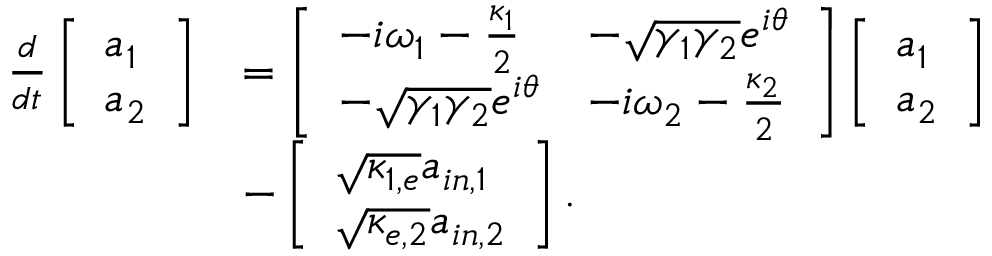
\begin{array} { r l } { \frac { d } { d t } \left[ \begin{array} { l } { a _ { 1 } } \\ { a _ { 2 } } \end{array} \right] } & { = \left[ \begin{array} { l l } { - i \omega _ { 1 } - \frac { \kappa _ { 1 } } { 2 } } & { - \sqrt { \gamma _ { 1 } \gamma _ { 2 } } e ^ { i \theta } } \\ { - \sqrt { \gamma _ { 1 } \gamma _ { 2 } } e ^ { i \theta } } & { - i \omega _ { 2 } - \frac { \kappa _ { 2 } } { 2 } } \end{array} \right] \left[ \begin{array} { l } { a _ { 1 } } \\ { a _ { 2 } } \end{array} \right] } \\ & { - \left[ \begin{array} { l } { \sqrt { \kappa _ { 1 , e } } a _ { i n , 1 } } \\ { \sqrt { \kappa _ { e , 2 } } a _ { i n , 2 } } \end{array} \right] . } \end{array}